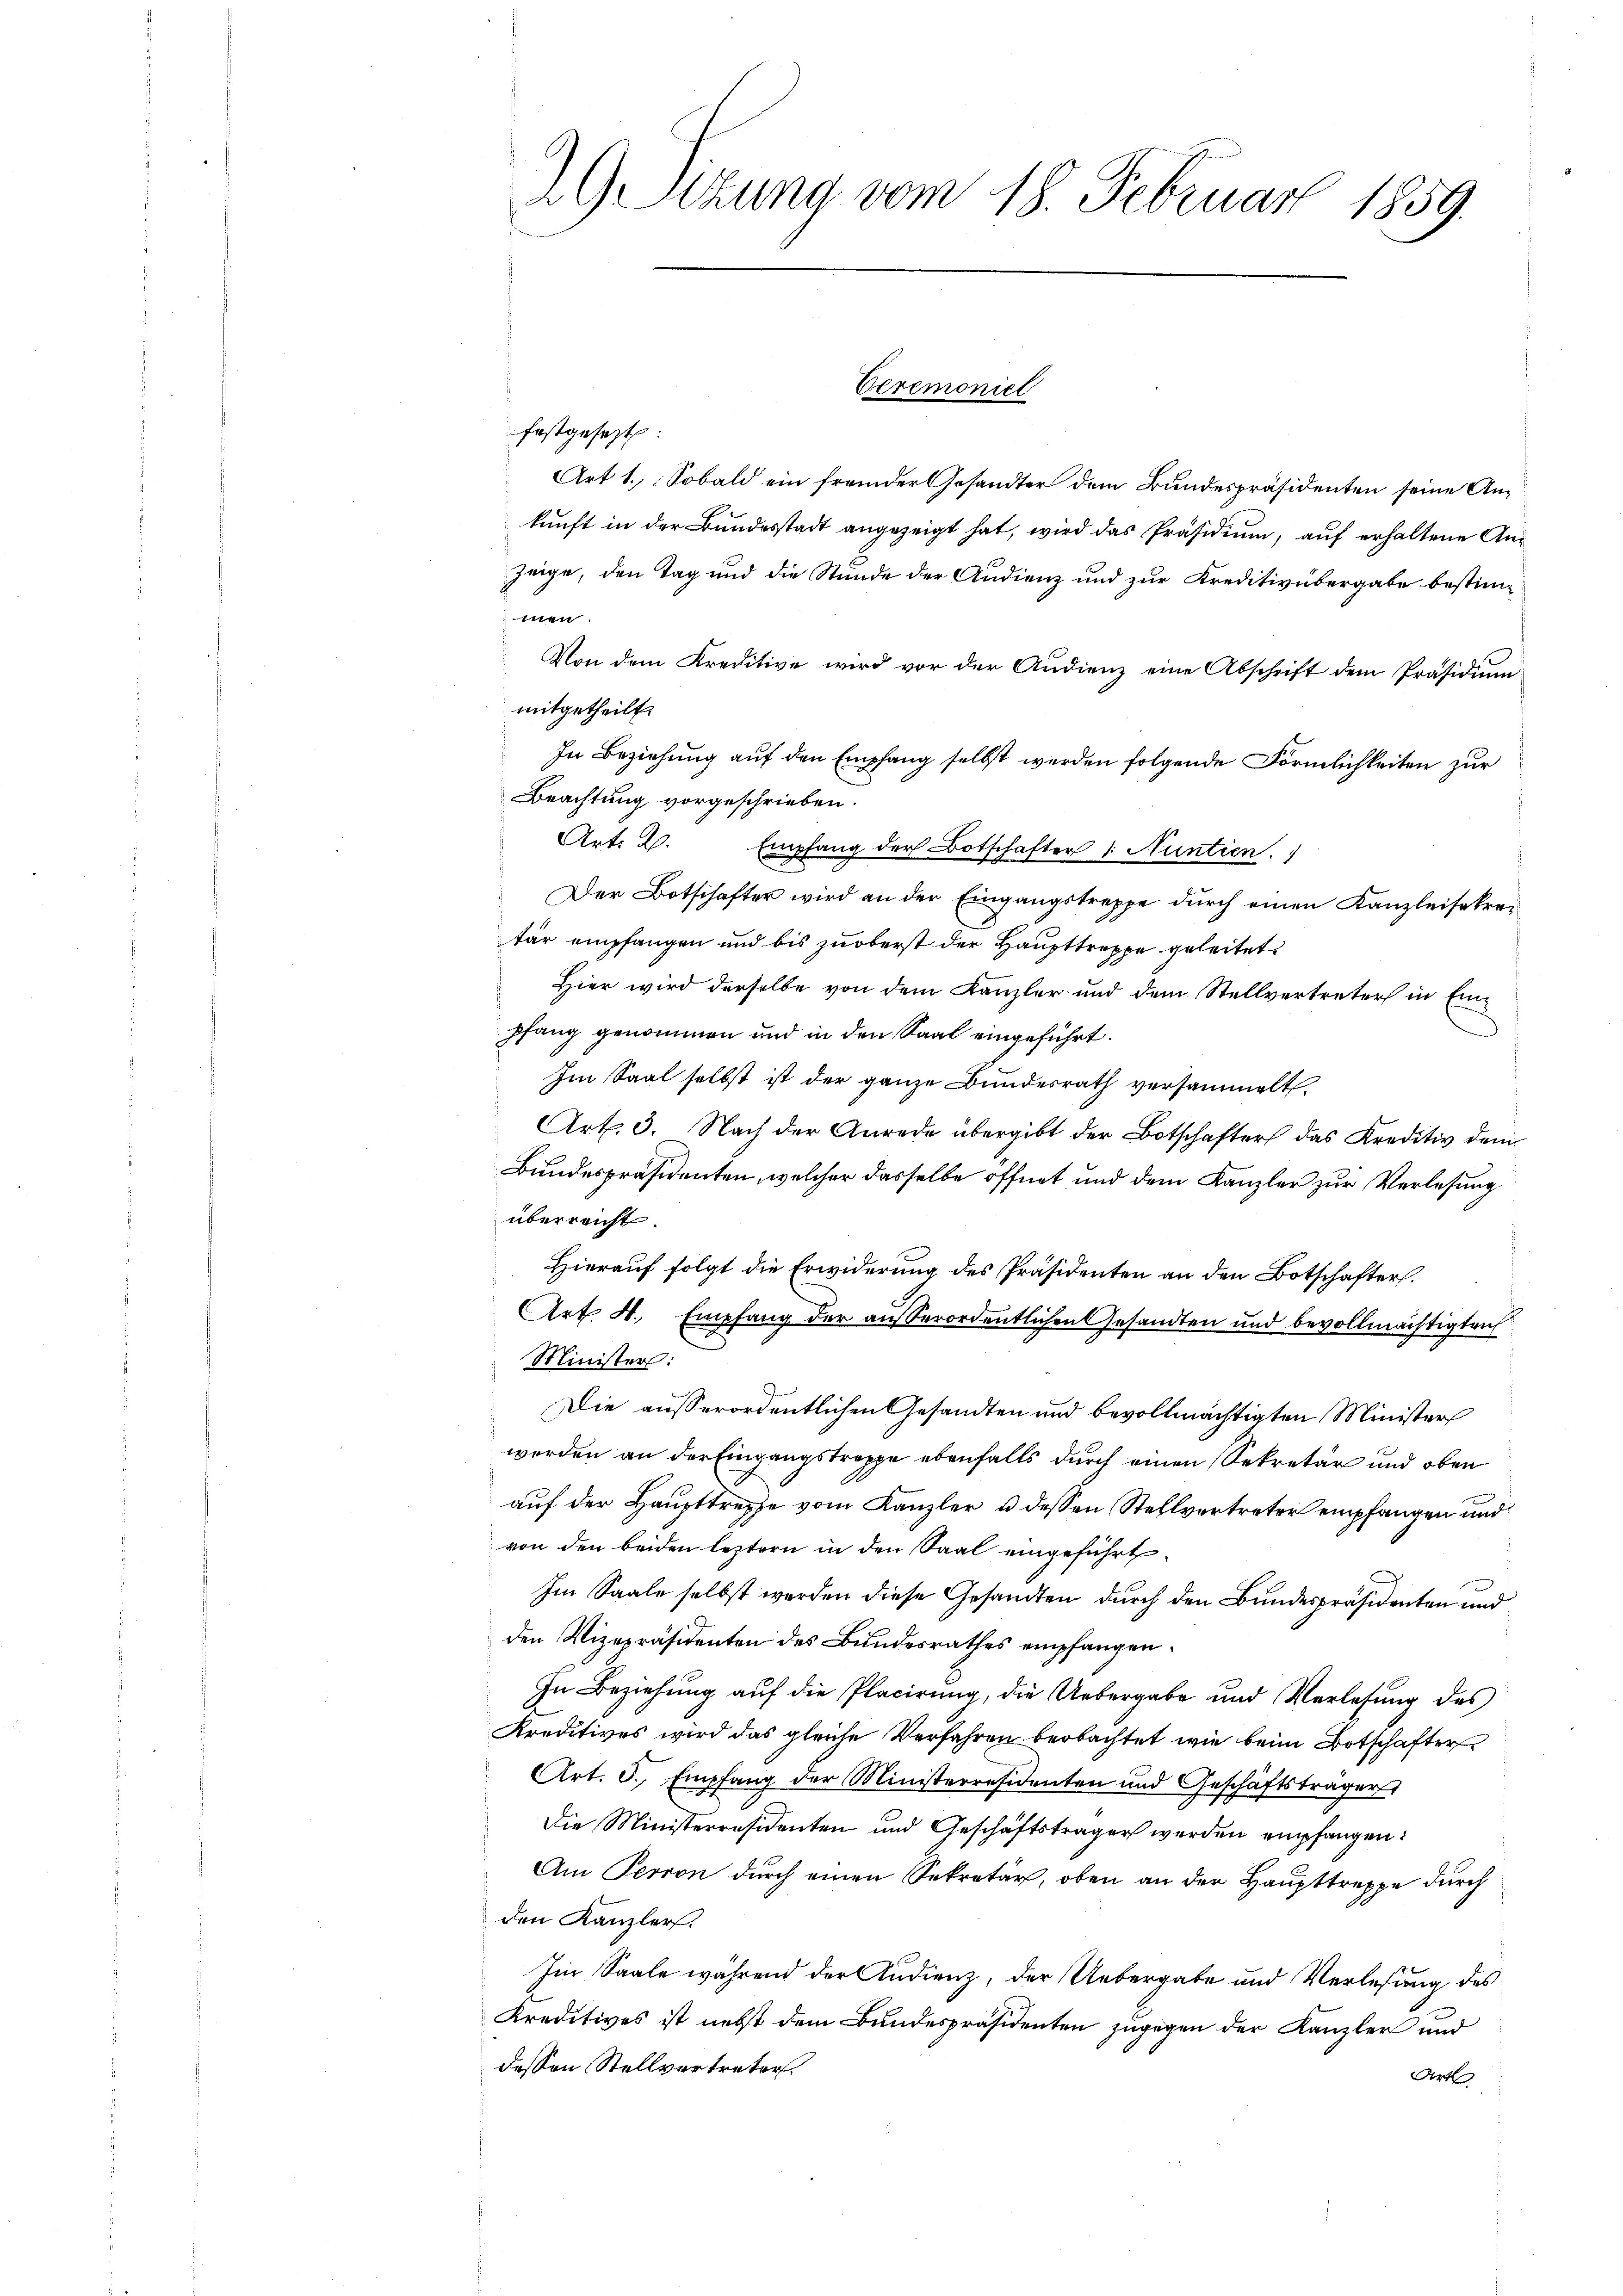
2G Sizung vom 18. Februar 1859.

Veremoniel

festgesezt
Art 1. Sobald ein fremder Gesandter dem Bundespräsidenten seine Ankunft in der Bundesstadt angezeigt hat, wird das Präsidium, auf erhaltene Anzeige, den Tag und die Stunde der Audienz und zur Kreditivübergabe bestimn
Von dem Kreditive wird vor der Audienz eine Abschrift dem Präsidium
mitgetheilt.
In Beziehung auf den Empfang selbst werden folgende Förmlichkeiten zur
Beachtung vorgeschrieben.
Art: 2. Empfang der Botschafter 1 Nuntien.
Der Botschafter wird an der Eingangstreppe durch einen Kanzleisekrei
tär empfangen und bis zu oberst der Haupttreppe geleitet
Hier wird derselbe von dem Kanzler und dem Stellvertreter in Einpfang genommen und in den Saal eingeführt.
Im Saal selbst ist der ganze Bundesrath versammelt.
Art. 3. Nach der Anrede übergibt der Botschafter das Kreditiv dem
Bundespräsidenten, welcher dasselbe öffnet und dem Kanzler zur Verlesung
überreicht.
Hierauf folgt die Erwiderung des Präsidenten an den Botschafter.
Art. 4. Empfang der außerordentlichen Gesandten und bevollmächtigteich
Minister:
Die außerordentlichen Gesandten und bevollmächtigten Minister
worden an der Eingangstrappe ebenfalls durch einen Sekretär und oben
auf der Haupttreffe vom Kanzler u dessen Stellvertreter empfangen und
von den beiden leztern in den Saal eingeführt.
Im Saale selbst werden diese Gesandten durch den Bundespräsidenten und
den Vizepräsidenten des Bundesrathes empfangen.
In Beziehung auf die Placirung, die Uebergabe und Verlesung des
Kreditives wird das gleiche Verfahren beobachtet wie beim Botschafter
Art. 3., Empfang der Ministerresidenten und Geschäftsträger
Die Ministerräsidenten und Geschäftsträger werden empfangen:
Am Perron durch einen Sekretär, oben an der Haupttreppe durch
den Kanzler.
Im Saale während der Audienz, der Uebergabe und Verlesung des
Kreditives ist nebst dem Bundespräsidenten zugegen der Kanzler und
dessen Stellvertreter.
Art